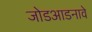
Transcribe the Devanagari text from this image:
जोडआडनावे